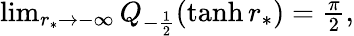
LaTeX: \begin{array}{r}{\operatorname*{lim}_{r_{*}\to-\infty}Q_{-\frac{1}{2}}(\operatorname{tanh}r_{*})=\frac{\pi}{2},}\end{array}